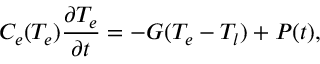
C _ { e } ( T _ { e } ) \frac { \partial T _ { e } } { \partial t } = - G ( T _ { e } - T _ { l } ) + P ( t ) ,